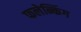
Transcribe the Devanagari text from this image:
फलेन्किंग